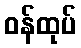
ဝန်ထုပ်